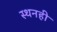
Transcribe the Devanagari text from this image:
स्थनही